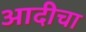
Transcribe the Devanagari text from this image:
आदीचा